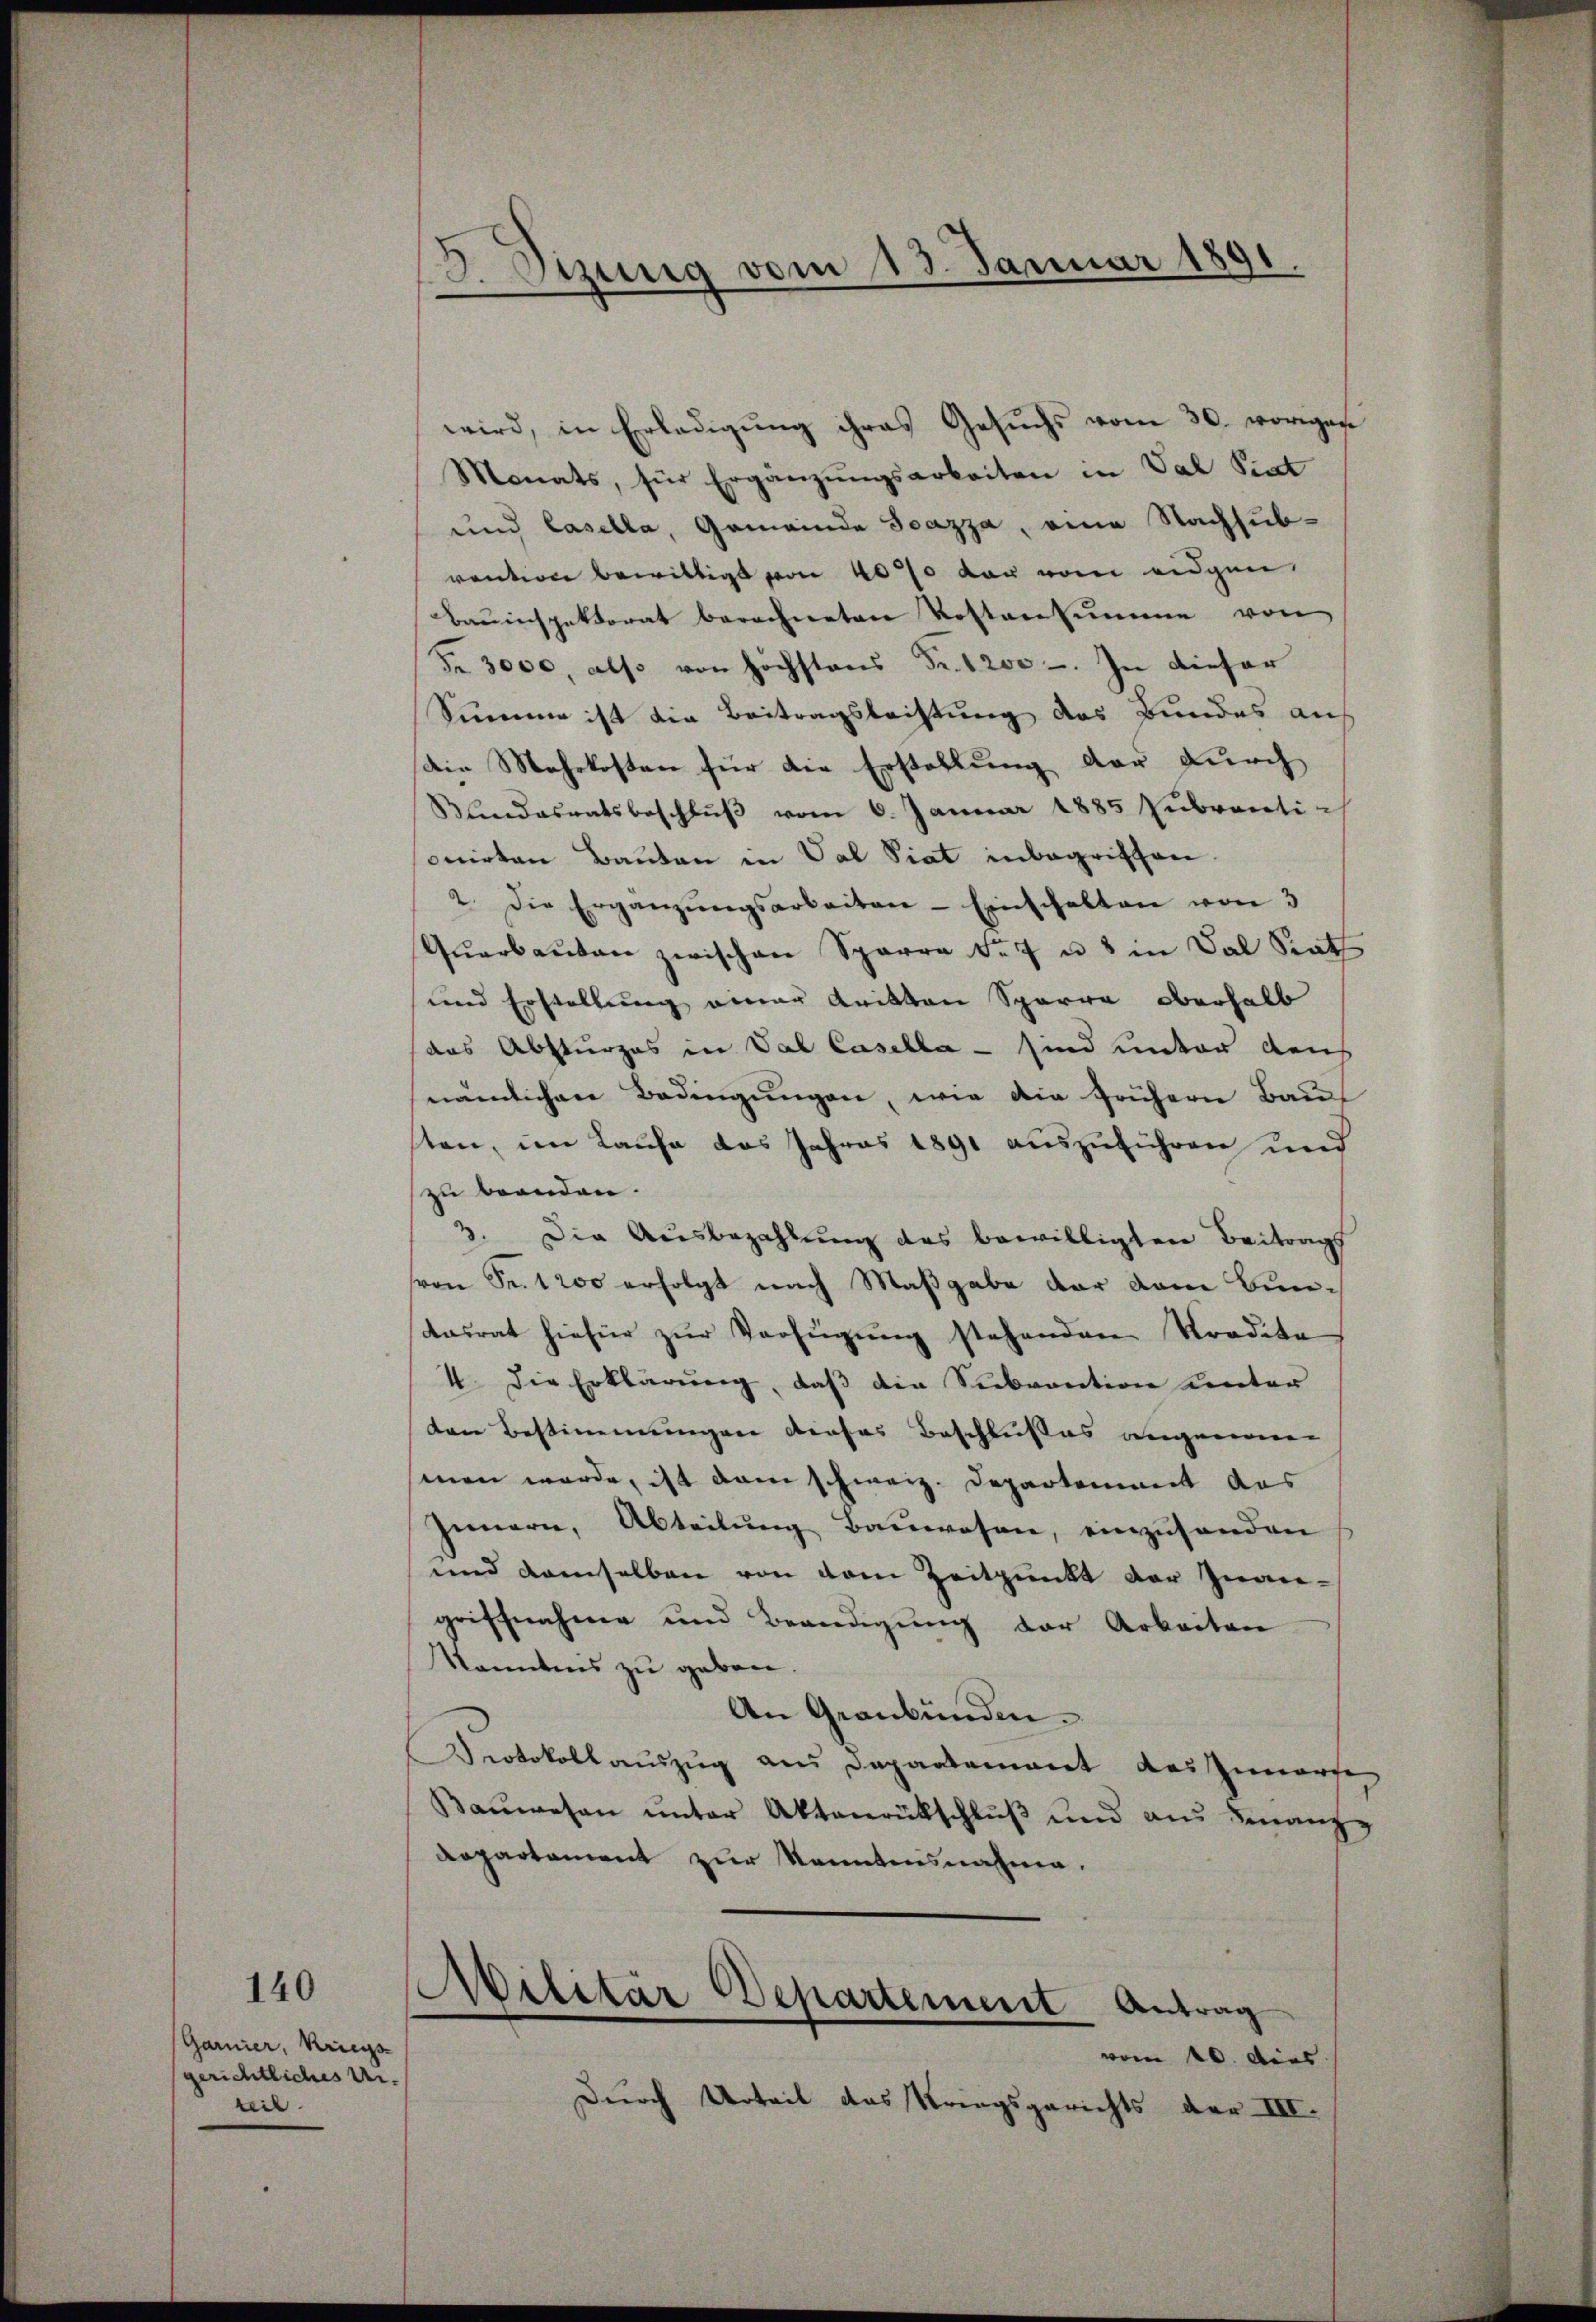
Garnier, Kriegs
gerichtliches Ur-
weil.

140

3. Sizung vom 13. Januar 1891.

wird, in Erledigŭng ihres Gesŭchs vom 30. vorigen
Monats, für Ergänzŭngsarbeiten in Val Siat
und Casella, Gemeinde Scazza, eine Nachsub-
vention bewilligt von 40% der vom eidgen.
Bauinspektorat berechneten Kostensumme von
Fr. 3000, also von höchstens Fr. 1200. In dieser
Summe ist die Beitragsleistung des Bundes an
Die Mehrkosten für die Erstellung der durch
Klandesratsbeschlŭβ vom 6. Januar 1885 zubranti
onirten Bauten in Val Viat inbegriffen
2. Die Ergänzŭngsarbeiten - Einschalten von 3
Qŭarbaŭten zwischen Sparre der u. 3 in Dal Stat
und Erstellung einer Kritten Sparre oberhalb
das Absturzes in Val Casella - sind unter dens
nämlichen Bedingungen, wie die frühern Baut
sten, im Laufe das Jahres 1891 auszuführen und
zu beenden.
3. Die Ausbezahlŭng des bewilligten Beitrags
von Sr. 1200 erfolgt nach Maßgabe der vom Buntasrat hiefür zur Verfügung stehenden Tradita
4. Die Erklärŭng, daβ die Subvention unter
dare Bestimmungen dieses Beschlußes angenomen
men werde, ist dann schweiz. Departement aus
Innern, Abteilung Bauwesen, einzusenden
und demselben von dem Zeitpunkt der Inan-
griffnahme und Beendigung der Arbeiten
kanntens zu geben.
An Graubünden.
Protokollauszug aus Departement des Zuwarte
Baŭwesen ŭnter Aktenrückschlŭβ ŭnd aŭs Finanzg
Repartement zur Kenntnisnahme.
Militär Departement Antrag
vom 20. dies
Durch Urteil das Kriegsgerichts der III.